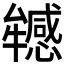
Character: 𤜁